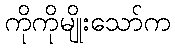
ကိုကိုမျိုးသော်က